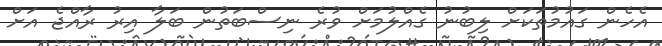
އެހެން ގައުމުތަކަށް ލިބުނު ގެއްލުމަށް ވުރެ ނިސްބަތުން ބަލާ އިރު ރާއްޖެ އަށް